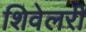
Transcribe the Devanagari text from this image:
शिवेलरी